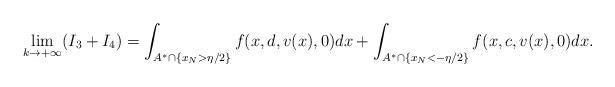
LaTeX: \begin{align*} \displaystyle{\lim_{k \to +\infty}(I_3+I_4)= \int_{A^\ast\cap \{x_N>\eta/2\}} f(x,d, v(x),0)dx +\int_{A^\ast\cap \{x_N<-\eta/2\}} f(x,c, v(x),0)dx.} \end{align*}